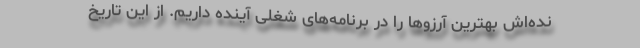
نده‌اش بهترین آرزوها را در برنامه‌های شغلی آینده داریم. از این تاریخ